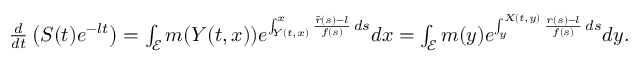
\begin{array} { r } { \frac { d } { d t } \left( S ( t ) e ^ { - l t } \right) = \int _ { \mathcal { E } } { m ( Y ( t , x ) ) e ^ { \int _ { Y ( t , x ) } ^ { x } { \frac { \tilde { r } ( s ) - l } { f ( s ) } \, d s } } d x } = \int _ { \mathcal { E } } { m ( y ) e ^ { \int _ { y } ^ { X ( t , y ) } { \frac { r ( s ) - l } { f ( s ) } \, d s } } d y } . } \end{array}